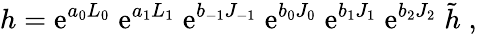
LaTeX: h={\mathrm{e}}^{a_{0}L_{0}}\; {\mathrm{e}}^{a_{1}L_{1}}\; {\mathrm{e}}^{b_{-1}J_{-1}}\; {\mathrm{e}}^{b_{0}J_{0}}\; {\mathrm{e}}^{b_{1}J_{1}}\; {\mathrm{e}}^{b_{2}J_{2}}\; \tilde{h}\; ,